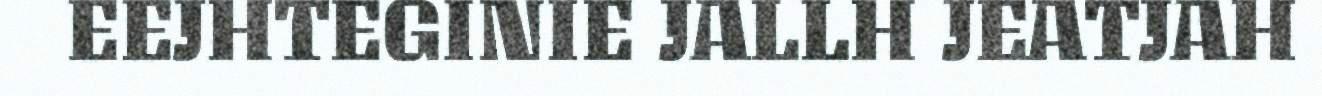
EEJHTEGINIE JALLH JEATJAH